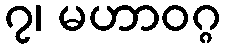
၇၊ မဟာဝဂ္ဂ